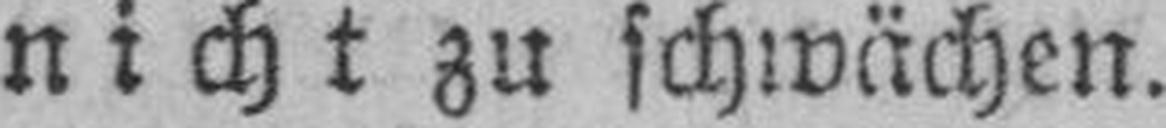
nicht zu schwächen.